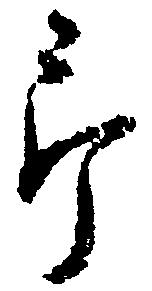
郎